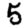
Digit: 5